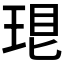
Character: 𤥛